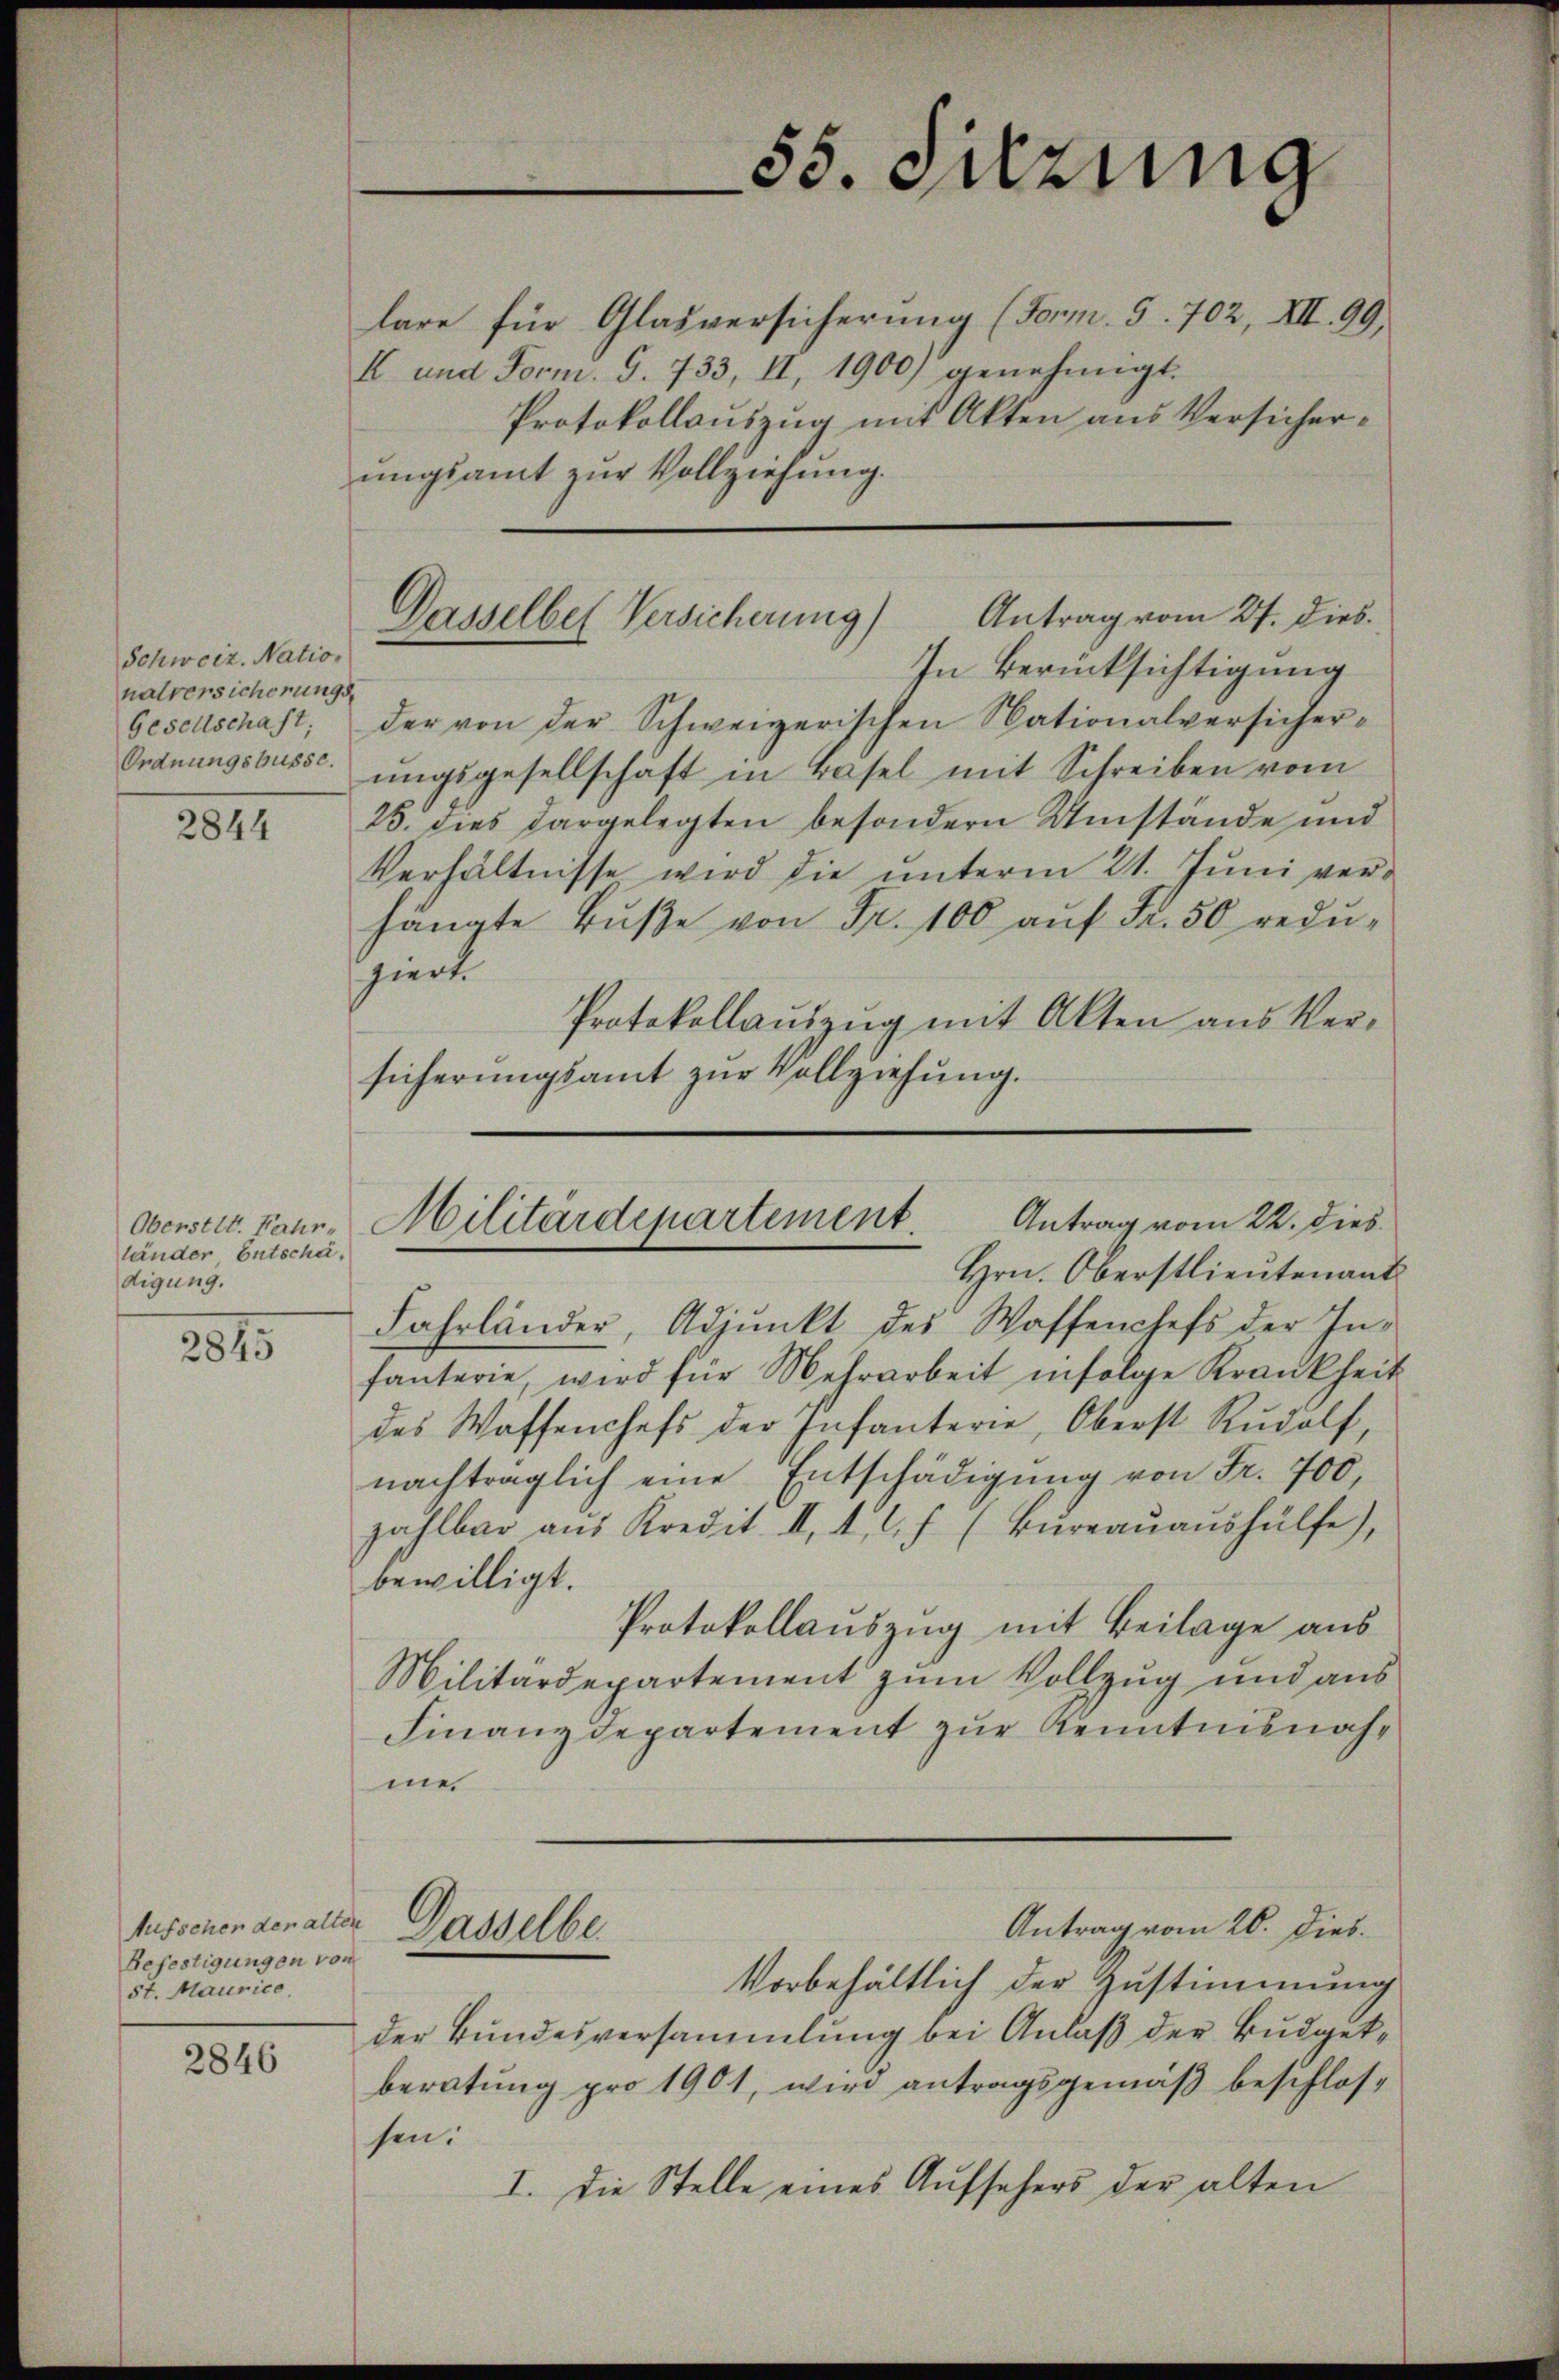
Schweiz. Nationalversicherungs
Gesellschaft;

2844

Oberstet. Fahr-
länder Entschä
digung.

2815

Aufschen der alten
Befestigungen von
5t. Maurico.

2846

lare für Glasversicherung (Form. 5. 702, XII. 99.
I und Form. S. 733, II, 1900) genehmigt.
Protokollauszug mit Akten aus Versicherungsamt zur Vollziehung.
In Berücksichtigung
der von der Schweizerischen Nationalversicher¬
Ordnungsbusse ungsgesellschaft in Basel mit Schreiben vom
25. dies dargelegten besondern Umstände und
Verhältnisse wird die unterm 21. Juni verhängte Bŭβe von Fr. 100 aŭf Fr. 50 reduziert.
Protokollauszug mit Akten aus Versicherungsamt zur Vollziehung.

55. Sitzung

Gasselber Versicherung) Antrag vom 27. dies

Hrn. Oberstlieutenant
Fahrländer, Adjunkt des Waffenchefs der Infanterie, wird für Mehrarbeit infolge Krankheit
des Waffenchefs der Infanterie, Oberst Rudolf,
nachträglich eine Entschädigung von Fr. 700
zahlbar aŭs Kredit II. 1. 6. f. (Büreaŭaŭshülfe,
bewilligt.
Protokollauszug mit Beilage aus
Militärdepartement zum Vollzug und aus
Finanzdepartement zur Kenntnisnahme
Antrag vom 20. Dies.
Gasselbe
Vorbehältlich der Zustimmung
der Bundesversammlung bei Anlaß der Budgetberatung pro 1901, wird antragsgemäß beschlossen.
I. Die Stelle eines Aufsehers der alten

Antrag vom 22. dies
Militärdepartement.